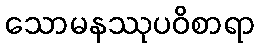
သောမနဿုပဝိစာရာ